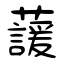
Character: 蘐